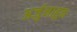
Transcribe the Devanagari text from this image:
अर्जुनाहून